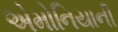
એમોનિયાની